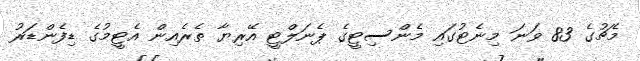
މެޗުގެ 83 ވަނަ މިނެޓުގައި މެންސިޓީގެ ޕެނަލްޓީ އޭރިޔާ ތެރެއިން އެޓީމުގެ ޑިފެންޑަރު